Vaccination United Provinces of Agra and Oudh 1914-1922 - 1914-1922
Year: 1914
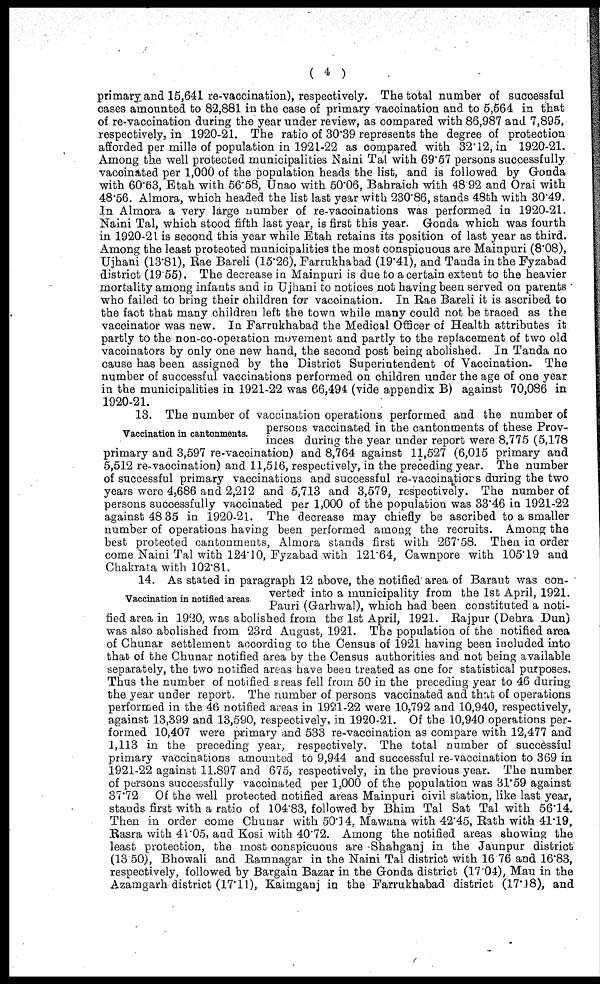
( 4 )
primary and 15,641 re-vaccination), respectively. The total number of successful
cases amounted to 82,881 in the case of primary vaccination and to 5,664 in that
of re-vaccination during the year under review, as compared with 86,987 and 7,895,
respectively, in 1920-21. The ratio of 30.39 represents the degree of protection
afforded per mille of population in 1921-22 as compared with 32.12, in 1920-21.
Among the well protected municipalities Naini Tal with 69.57 persons successfully
vaccinated per 1,000 of the population heads the list, and is followed by Gonda
with 60.63, Etah with 56.58, Unao with 50.06, Bahraich with 48.92 and Orai with
48.56. Almora, which headed the list last year with 230.86, stands 48th with 30.49.
In Almora a very large number of re-vaccinations was performed in 1920-21.
Naini Tal, which stood fifth last year, is first this year. Gonda which was fourth
in 1920-21 is second this year while Etah retains its position of last year as third.
Among the least protected municipalities the most conspicuous are Mainpuri (8.08),
Ujhani (13.81), Rae Bareli (15.26), Farrukhabad (19.41), and Tanda in the Fyzabad
district (19.55). The decrease in Mainpuri is due to a certain extent to the heavier
mortality among infants and in Ujhani to notices not having been served on parents
who failed to bring their children for vaccination. In Rae Bareli it is ascribed to
the fact that many children left the town while many could not be traced as the
vaccinator was new. In Farrukhabad the Medical Officer of Health attributes it
partly to the non-co-operation movement and partly to the replacement of two old
vaccinators by only one new hand, the second post being abolished. In Tanda no
cause has been assigned by the District Superintendent of Vaccination. The
number of successful vaccinations performed on children under the age of one year
in the municipalities in 1921-22 was 66,494 (vide appendix B) against 70,086 in
1920-21.
Vaccination in cantonments.
13. The number of vaccination operations performed and the number of
persons vaccinated in the cantonments of these Prov-
inces during the year under report were 8,775 (5,178
primary and 3,597 re-vaccination) and 8,764 against 11,527 (6,015 primary and
5,512 re-vaccination) and 11,516, respectively, in the preceding year. The number
of successful primary vaccinations and successful re-vaccinations during the two
years were 4,686 and 2,212 and 5,713 and 3,579, respectively. The number of
persons successfully vaccinated per 1,000 of the population was 33.46 in 1921-22
against 48 35 in 1920-21. The decrease may chiefly be ascribed to a smaller
number of operations having been performed among the recruits. Among the
best protected cantonments, Almora stands first with 267.58. Then in order
come Naini Tal with 124.10, Fyzabad with 121.64, Cawnpore with 105.19 and
Chakrata with 102.81.
Vaccination in notified areas
14. As stated in paragraph 12 above, the notified area of Baraut was con-
verted into a municipality from the 1st April, 1921.
Pauri (Garhwal), which had been constituted a noti-
fied area in 1920, was abolished from the 1st April, 1921. Rajpur (Dehra Dun)
was also abolished from 23rd August, 1921. The population of the notified area
of Chunar settlement according to the Census of 1921 having been included into
that of the Chunar notified area by the Census authorities and not being available
separately, the two notified areas have been treated as one for statistical purposes.
Thus the number of notified areas fell from 50 in the preceding year to 46 during
the year under report. The number of persons vaccinated and that of operations
performed in the 46 notified areas in 1921-22 were 10,792 and 10,940, respectively,
against 13,399 and 13,590, respectively, in 1920-21. Of the 10,940 operations per-
formed 10,407 were primary and 533 re-vaccination as compare with 12,477 and
1,113 in the preceding year respectively. The total number of successful
primary vaccinations amounted to 9,944 and successful re-vaccination to 369 in
1921-22 against 11.897 and 675, respectively, in the previous year. The number
of persons successfully vaccinated per 1,000 of the population was 31.59 against
37.72 Of the well protected notified areas Mainpuri civil station, like last year,
stands first with a ratio of 104.83, followed by Bhim Tal Sat Tal with 56.14.
Then in order come Chunar with 50.14. Mawana with 42.45, Rath with 41.19,
Rasra with 41.05, and Kosi with 40.72. Among the notified areas showing the
least protection, the most conspicuous are Shahganj in the Jaunpur district
(13 50), Bhowali and Ramnagar in the Naini Tal district with 16 76 and 16.83,
respectively, followed by Bargain Bazar in the Gonda district (17.04), Mau in the
Azamgarh district (17.11), Kaimganj in the Farrukhabad district (17.18), and